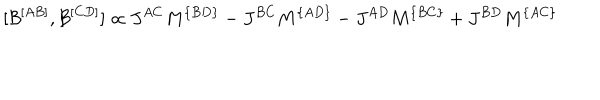
[ { \cal B } ^ { [ A B ] } , { \cal B } ^ { [ C D ] } ] \propto J ^ { A C } M ^ { \{ B D \} } - J ^ { B C } M ^ { \{ A D \} } - J ^ { A D } M ^ { \{ B C \} } + J ^ { B D } M ^ { \{ A C \} }